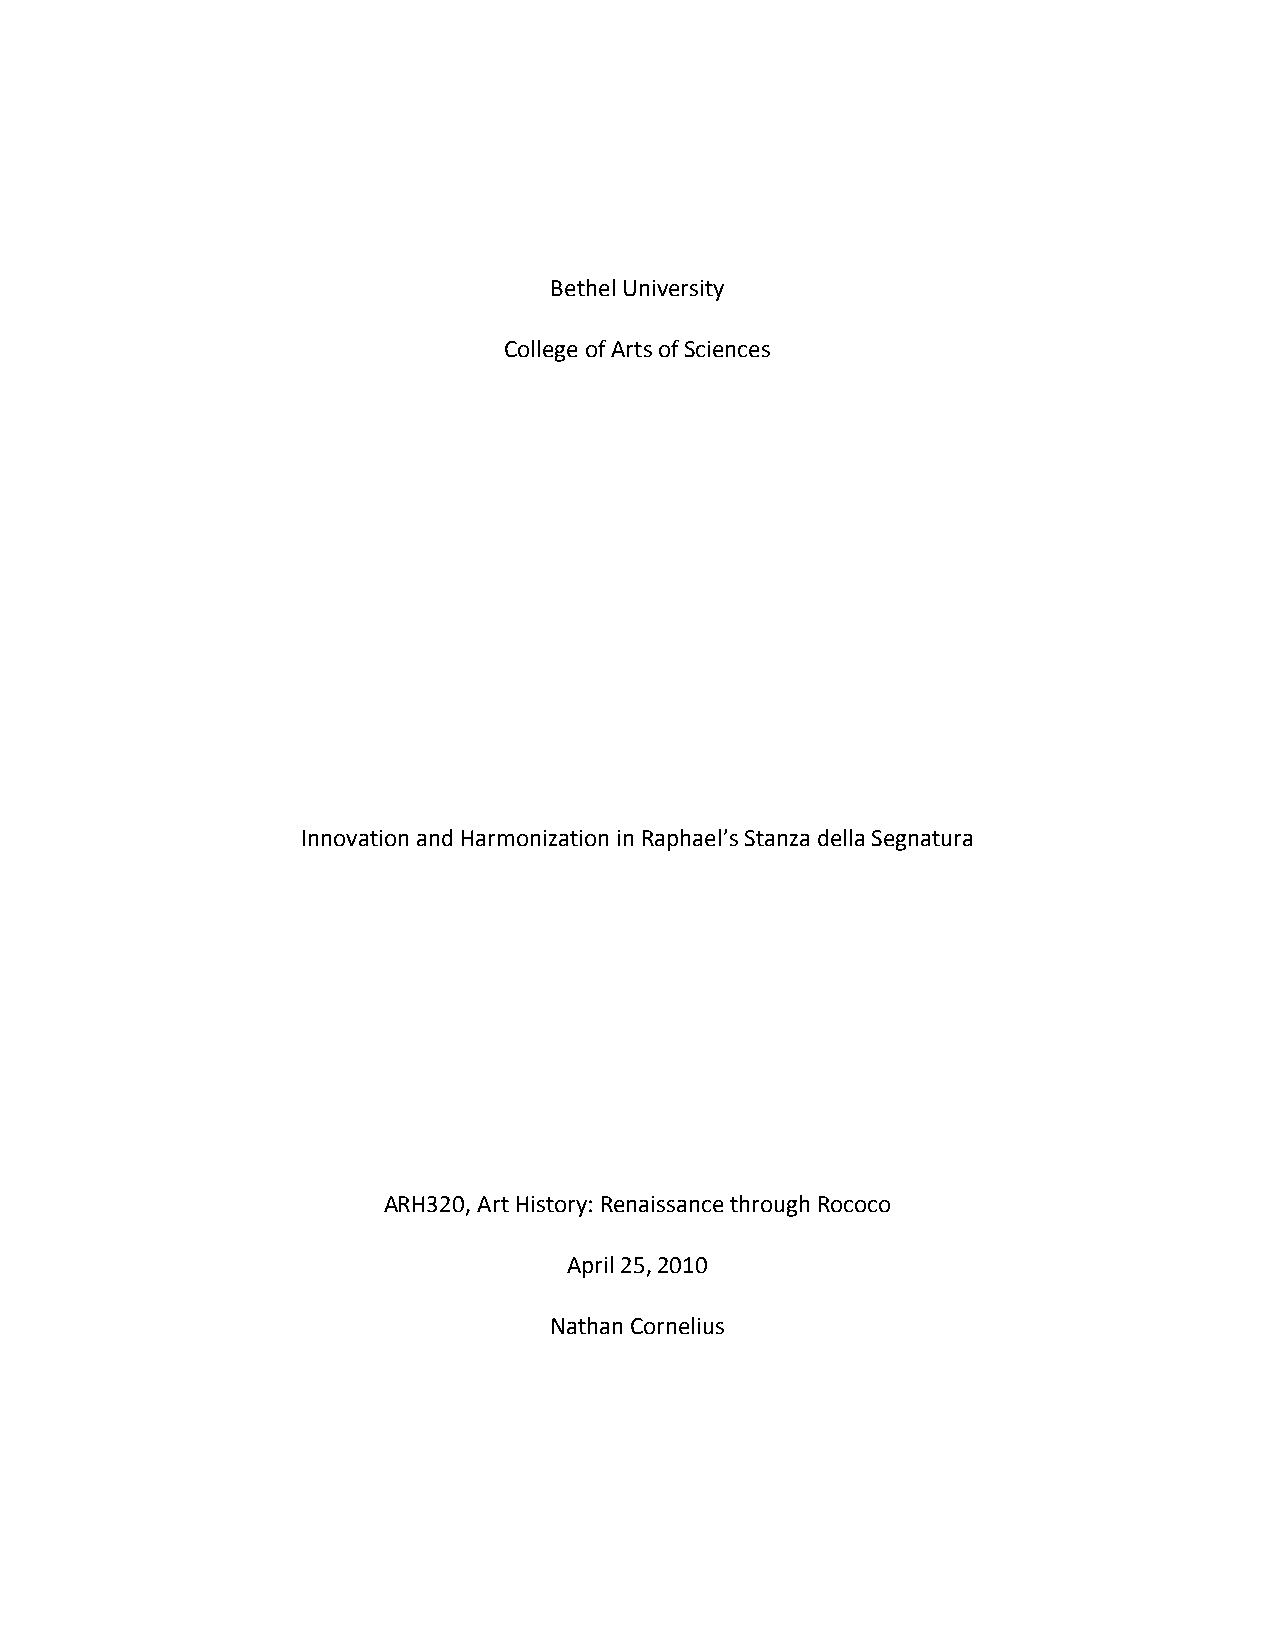
Bethel University
 College of Arts of Sciences
 Innovation and Harmonization in Raphael’s Stanza della Segnatura
 ARH320, Art History: Renaissance through Rococo
 April 25, 2010
 Nathan Cornelius